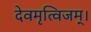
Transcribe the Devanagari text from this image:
देवमृत्विजम्‌।